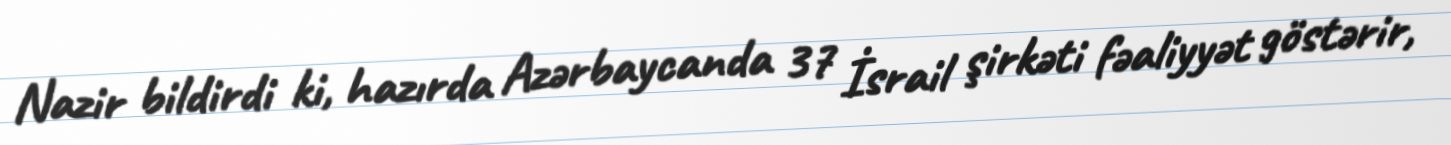
Nazir bildirdi ki, hazırda Azərbaycanda 37 İsrail şirkəti fəaliyyət göstərir,